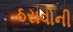
ઠરાવોની